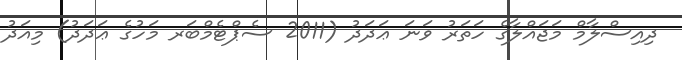
ދިއިސްލާމް މަޖައްލާގެ ހަތަރު ވަނަ ޢަދަދު (2011 ސެޕްޓެމްބަރ މަހުގެ ޢަދަދު) މިއަދު